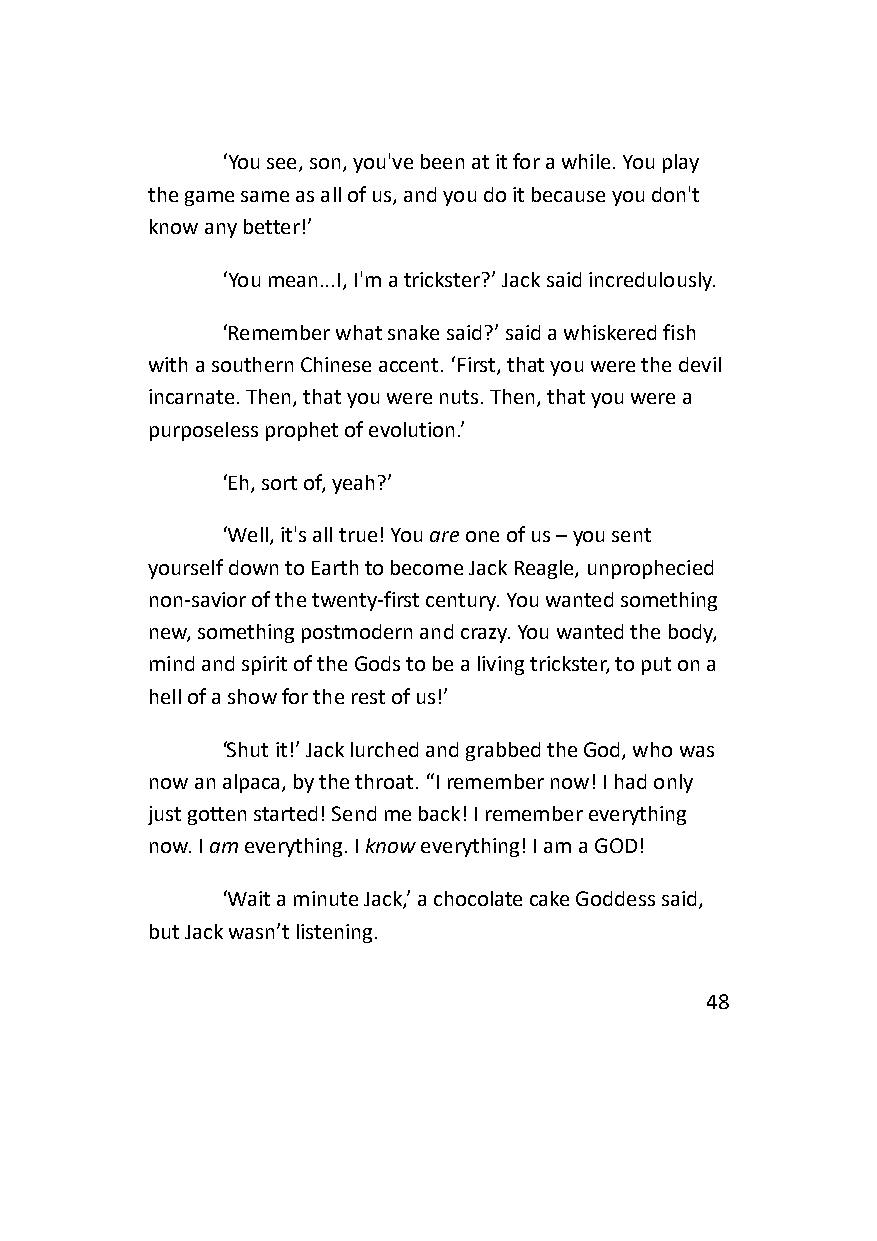
‘You see, son, you've been at it for a while. You play
 the game same as all of us, and you do it because you don't
 know any better!’
 ‘You mean...I, I'm a trickster?’ Jack said incredulously.
 ‘Remember what snake said?’ said a whiskered fish
 with a southern Chinese accent. ‘First, that you were the devil
 incarnate. Then, that you were nuts. Then, that you were a
 purposeless prophet of evolution.’
 ‘Eh, sort of, yeah?’
 ‘Well, it's all true! You are one of us – you sent
 yourself down to Earth to become Jack Reagle, unprophecied
 non-savior of the twenty-first century. You wanted something
 new, something postmodern and crazy. You wanted the body,
 mind and spirit of the Gods to be a living trickster, to put on a
 hell of a show for the rest of us!’
 ‘Shut it!’ Jack lurched and grabbed the God, who was
 now an alpaca, by the throat. “I remember now! I had only
 just gotten started! Send me back! I remember everything
 now. I am everything. I know everything! I am a GOD!
 ‘Wait a minute Jack,’ a chocolate cake Goddess said,
 but Jack wasn’t listening.
 48